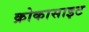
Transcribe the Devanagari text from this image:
क्रोकासाइट